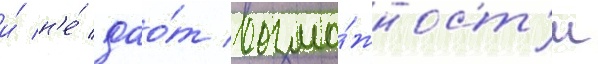
и́ н'е́ дао́т возмо́жност'и